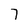
Character: 7